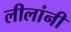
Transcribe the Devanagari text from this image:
लीलांनी